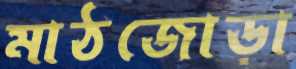
মাঠজোড়া